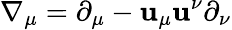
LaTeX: \nabla_{\mu}=\partial_{\mu}-\mathbf{u}_{\mu}\mathbf{u}^{\nu}\partial_{\nu}